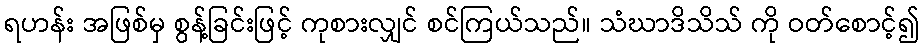
ရဟန်း အဖြစ်မှ စွန့်ခြင်းဖြင့် ကုစားလျှင် စင်ကြယ်သည်။ သံဃာဒိသိသ် ကို ဝတ်စောင့်၍